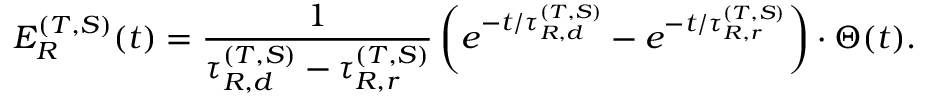
E _ { R } ^ { ( T , S ) } ( t ) = \frac { 1 } { \tau _ { R , d } ^ { ( T , S ) } - \tau _ { R , r } ^ { ( T , S ) } } \left( e ^ { - t / \tau _ { R , d } ^ { ( T , S ) } } - e ^ { - t / \tau _ { R , r } ^ { ( T , S ) } } \right) \cdot \Theta ( t ) .